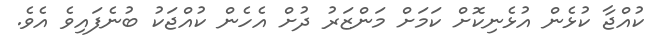
ކުއްޖާ ކުޅެން އުޅެނިކޮށް ކަމަށް މަންޒަރު ދުށް އެހެން ކުއްޖަކު ބުނެފައިވެ އެވެ.